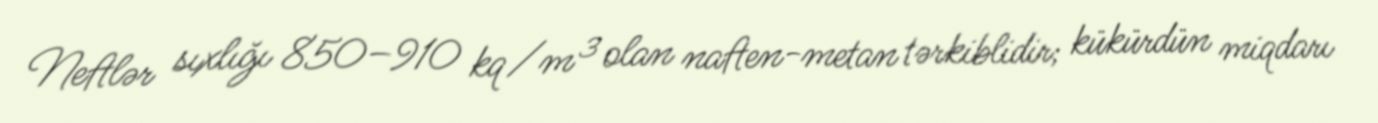
Neftlər sıxlığı 850–910 kq/m³ olan naften-metan tərkiblidir; kükürdün miqdarı